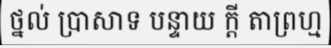
ថ្នល់ ប្រាសាទ បន្ទាយ ក្តី តាព្រហ្ម